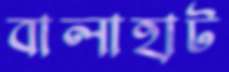
বালাহাট